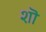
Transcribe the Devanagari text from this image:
शॊ